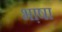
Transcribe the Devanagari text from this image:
भा़षा